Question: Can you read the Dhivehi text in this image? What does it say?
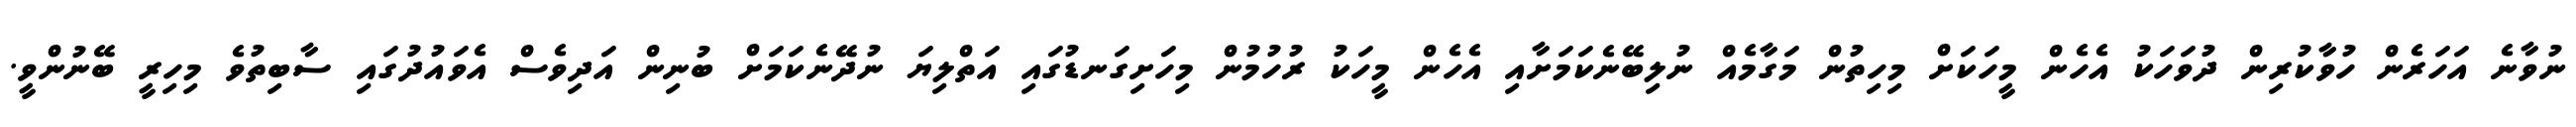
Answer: ނުވާނެ އަހަރެން ހުވާކުރިން ދުވަހަކު އެހެން މީހަކަށް މިހިތުން މަގާމެއް ނުލިބޭނެކަމަށާއި އެހެން މީހަކު ރުހުމުން މިހަށިގަނޑުގައި އަތްލިޔަ ނުދޭނެކަމަށް ބުނިން އަދިވެސް އެވައުދުގައި ސާބިތުވެ މިހިރީ ބޭނުންވީ.